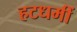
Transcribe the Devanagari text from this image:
हटधमीं